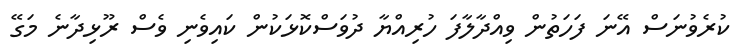
ކުރެވުނަސް އޭނަ ފަހަތުން ވިއްދާލާފަ ހުރިއްޔާ ދުވަސްކޮޅަކުން ކައިވެނި ވެސް ރޫޅިދާނެ މަގޭ